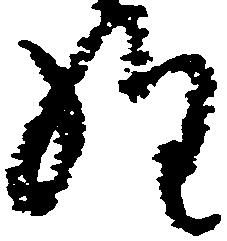
経